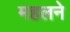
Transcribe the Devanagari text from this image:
महलने